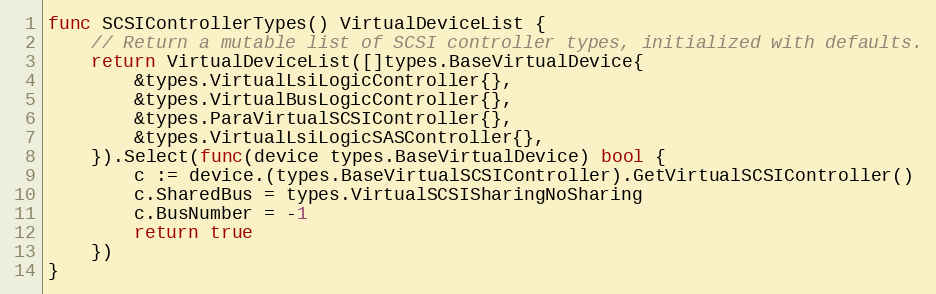
Language: Go
func SCSIControllerTypes() VirtualDeviceList {
	// Return a mutable list of SCSI controller types, initialized with defaults.
	return VirtualDeviceList([]types.BaseVirtualDevice{
		&types.VirtualLsiLogicController{},
		&types.VirtualBusLogicController{},
		&types.ParaVirtualSCSIController{},
		&types.VirtualLsiLogicSASController{},
	}).Select(func(device types.BaseVirtualDevice) bool {
		c := device.(types.BaseVirtualSCSIController).GetVirtualSCSIController()
		c.SharedBus = types.VirtualSCSISharingNoSharing
		c.BusNumber = -1
		return true
	})
}